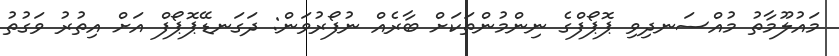
މައުލޫމާތު މުއްސަނދިވި ޕޮޕޯފްގެ ނިންމުންތަކަށް ބާރެއް ނުފޯރުވަން: ދަގަނޑޭޕޮޕޯފް އަށް އިތުރު ވަގުތު